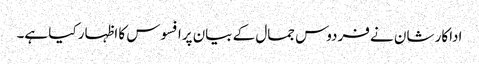
اداکار شان نے فردوس جمال کے بیان پرافسوس کا اظہار کیا ہے۔